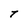
Character: T